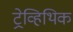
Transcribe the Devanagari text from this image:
ट्रेव्हिथिक